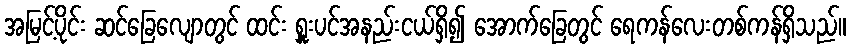
အမြင့်ပိုင်း ဆင်ခြေလျောတွင် ထင်း ရှူးပင်အနည်းငယ်ရှိ၍ အောက်ခြေတွင် ရေကန်လေးတစ်ကန်ရှိသည်။